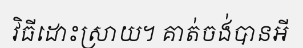
វិធីដោះស្រាយ។ គាត់ចង់បានអី